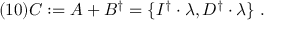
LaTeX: ( 1 0 ) C : = A + B ^ { \dagger } = \{ I ^ { \dagger } \cdot \lambda , D ^ { \dagger } \cdot \lambda \} \ .